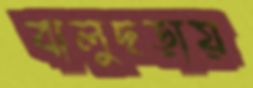
বালুছড়ায়